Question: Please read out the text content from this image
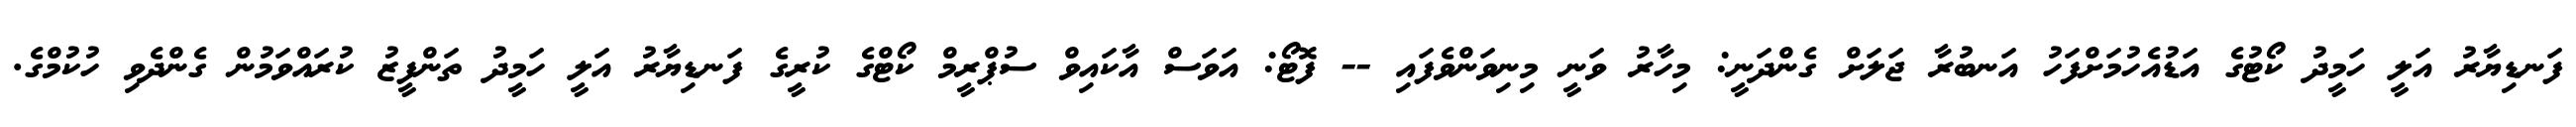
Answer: ފަނޑިޔާރު އަލީ ހަމީދު ކޯޓުގެ އަޑުއެހުމަށްފަހު އަނބުރާ ޖަލަށް ގެންދަނީ: މިހާރު ވަނީ މިނިވަންވެފައި -- ފޮޓޯ: އަވަސް އާކައިވް ސުޕްރީމް ކޯޓްގެ ކުރީގެ ފަނޑިޔާރު އަލީ ހަމީދު ތަންފީޒު ކުރައްވަމުން ގެންދެވި ހުކުމްގެ.